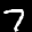
Label: 7